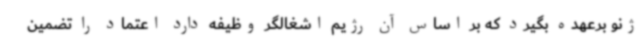
ژنو برعهده بگیرد که بر اساس آن رژیم اشغالگر وظیفه دارد اعتماد را تضمین